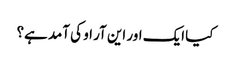
کیا ایک اور این آر او کی آمد ہے؟